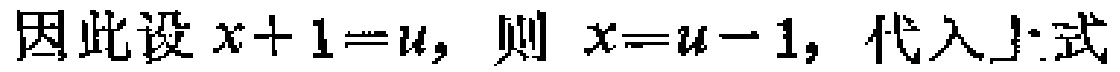
因此设 \(x + 1 = u\)，则 \(x = u - 1\)，代入上式